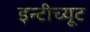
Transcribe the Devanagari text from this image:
इन्टीच्यूट